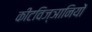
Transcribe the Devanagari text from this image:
कीटविज्ञानियों